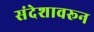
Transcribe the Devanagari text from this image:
संदेशावरून